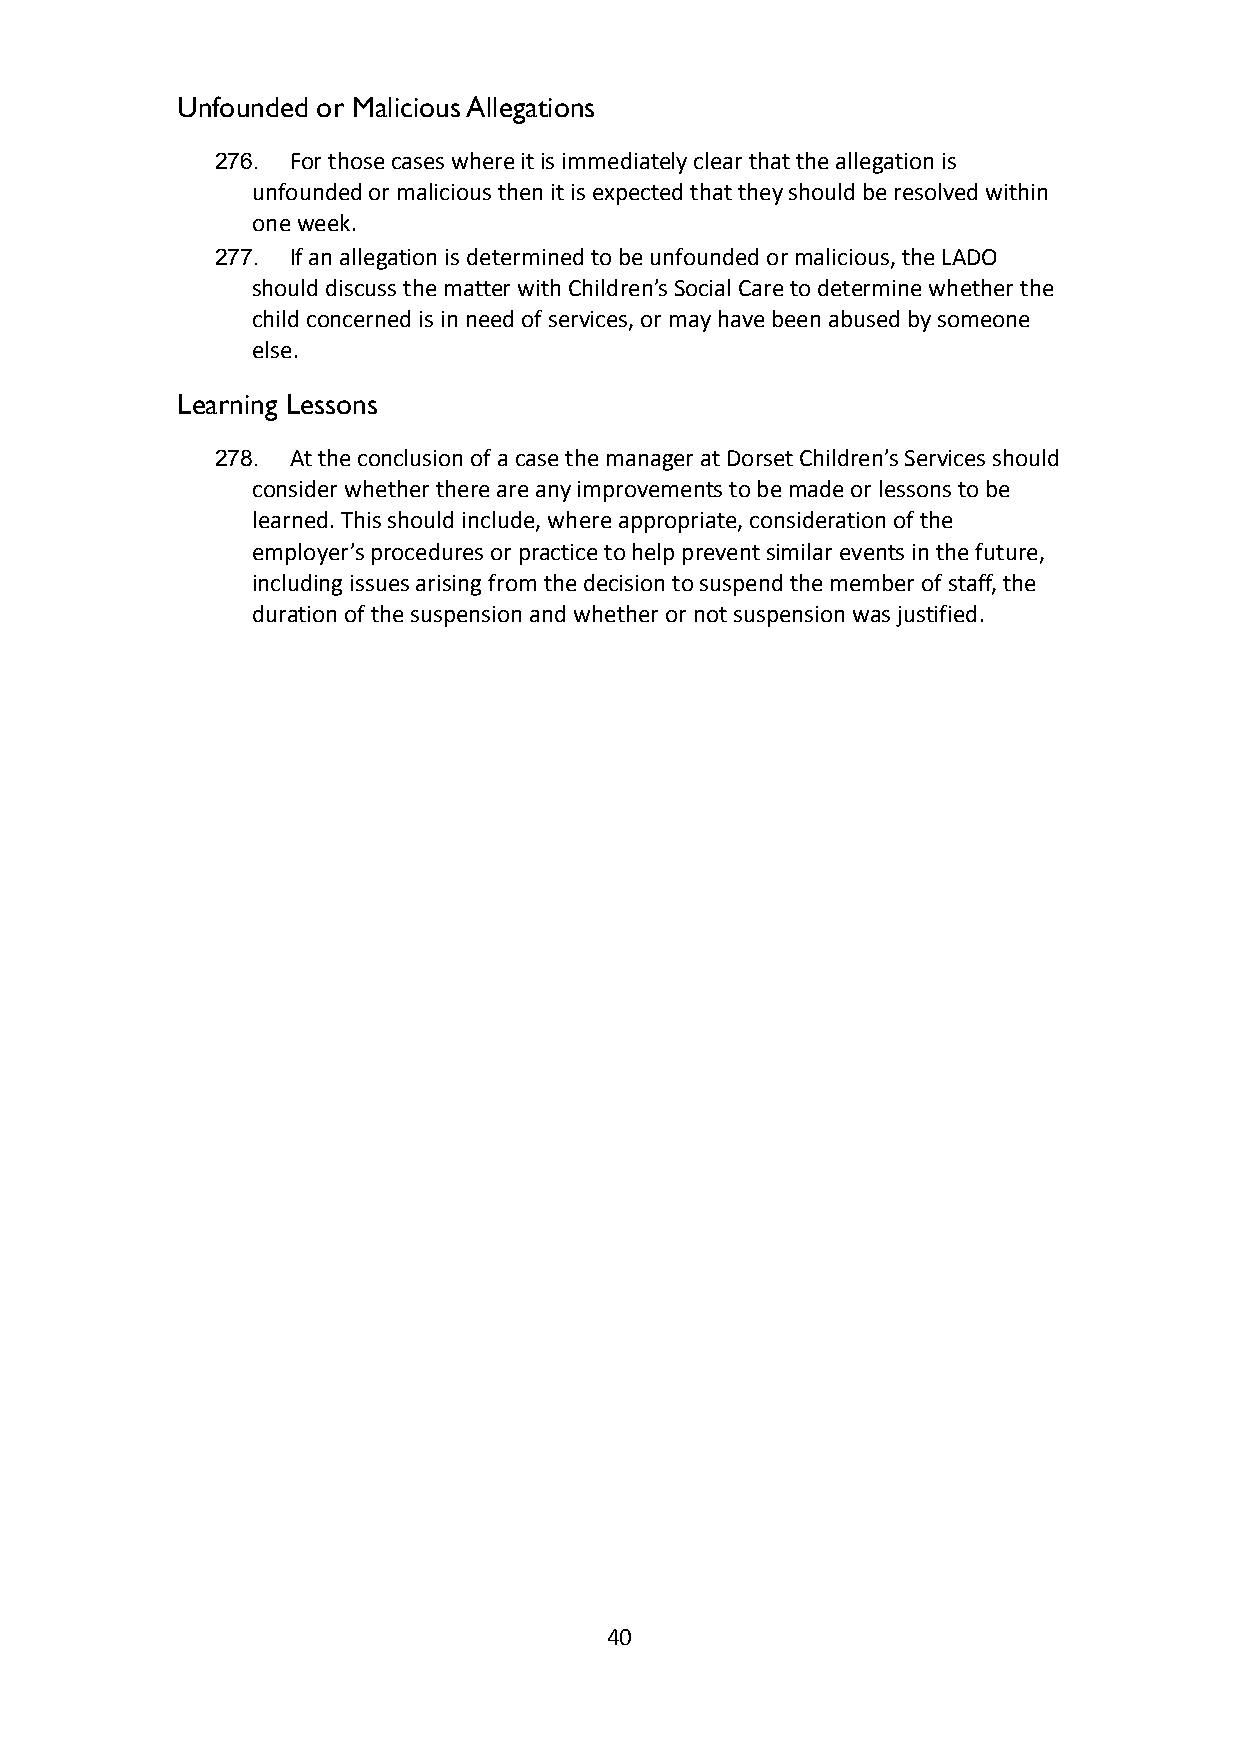
Unfounded or Malicious Allegations
 276. For those cases where it is immediately clear thatthe allegation is
 unfounded or malicious then it is expected that they should be resolved within
 one week.
 277. If an allegation is determined to be unfounded ormalicious, the LADO
 should discuss the matter with Children’s Social Careto determine whether the
 child concerned is in need of services, or may havebeen abused by someone
 else.
 Learning Lessons
 278. At the conclusion of a case the manager at DorsetChildren’s Services should
 consider whether there are any improvements to bemade or lessons to be
 learned. This should include, where appropriate, considerationof the
 employer’s procedures or practice to help preventsimilar events in the future,
 including issues arising from the decision to suspendthe member of staff, the
 duration of the suspension and whether or not suspensionwas justified.
 40